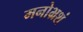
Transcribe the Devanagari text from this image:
मनोभ्रशं